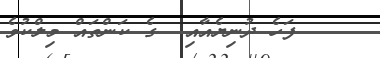
٢٥    ފަހެ ދުނިޔެއާއި  ގެ ކަންތައް މިލްކުވެ